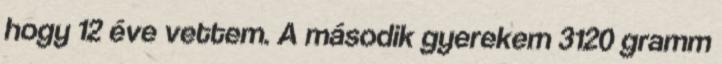
hogy 12 éve vettem. A második gyerekem 3120 gramm